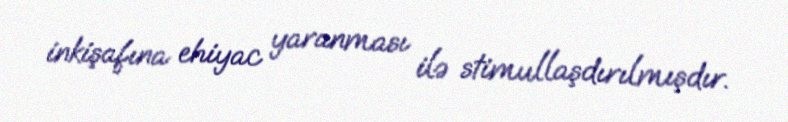
inkişafına ehiyac yaranması ilə stimullaşdırılmışdır.